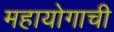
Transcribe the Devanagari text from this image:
महायोगाची